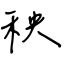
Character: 秧